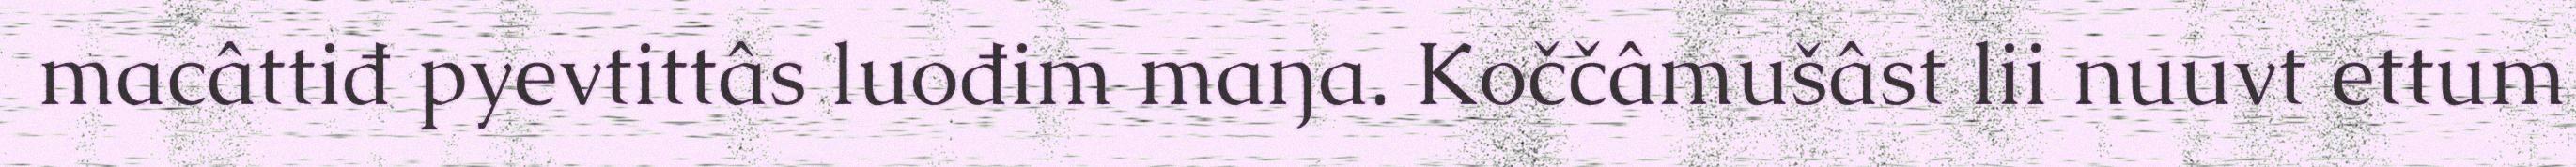
macâttiđ pyevtittâs luođim maŋa. Koččâmušâst lii nuuvt ettum